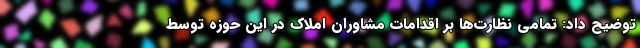
توضیح داد: تمامی نظارت‌ها بر اقدامات مشاوران املاک در این حوزه توسط